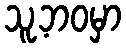
သူ့ဘဝမှာ